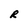
Character: R